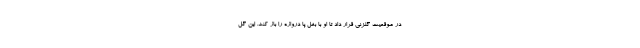
در موقعیت گلزنی قرار داد تا او با بغل پا دروازه را باز کند. این گل